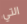
التي